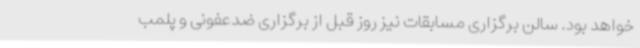
خواهد بود. سالن برگزاری مسابقات نیز روز قبل از برگزاری ضدعفونی و پلمب